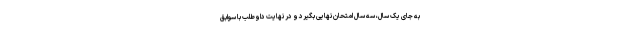
به جای یک سال، سه سال امتحان نهایی بگیرد و در نهایت داوطلب با سوابق